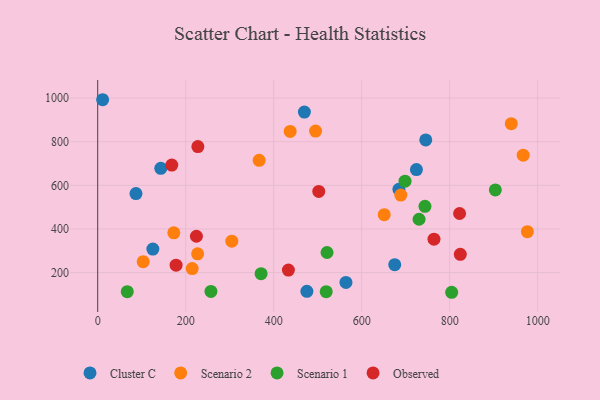
{"axis": {"x": "Study Hours", "y": "Profit"}, "legend": ["Cluster C", "Observed", "Scenario 1", "Scenario 2"], "data": [{"x": "11.2", "y": 992.4, "type": "Cluster C"}, {"x": "87.0", "y": 562.2, "type": "Cluster C"}, {"x": "564.3", "y": 154.6, "type": "Cluster C"}, {"x": "675.2", "y": 236.0, "type": "Cluster C"}, {"x": "475.5", "y": 114.0, "type": "Cluster C"}, {"x": "724.5", "y": 671.9, "type": "Cluster C"}, {"x": "745.7", "y": 807.9, "type": "Cluster C"}, {"x": "684.7", "y": 581.7, "type": "Cluster C"}, {"x": "469.8", "y": 935.7, "type": "Cluster C"}, {"x": "125.4", "y": 307.6, "type": "Cluster C"}, {"x": "143.4", "y": 677.8, "type": "Cluster C"}, {"x": "437.5", "y": 846.9, "type": "Scenario 2"}, {"x": "367.0", "y": 714.4, "type": "Scenario 2"}, {"x": "214.8", "y": 218.2, "type": "Scenario 2"}, {"x": "967.2", "y": 738.3, "type": "Scenario 2"}, {"x": "976.7", "y": 387.5, "type": "Scenario 2"}, {"x": "651.3", "y": 465.1, "type": "Scenario 2"}, {"x": "689.0", "y": 555.0, "type": "Scenario 2"}, {"x": "495.2", "y": 848.5, "type": "Scenario 2"}, {"x": "227.1", "y": 285.8, "type": "Scenario 2"}, {"x": "173.0", "y": 382.3, "type": "Scenario 2"}, {"x": "103.4", "y": 249.9, "type": "Scenario 2"}, {"x": "940.1", "y": 882.8, "type": "Scenario 2"}, {"x": "304.8", "y": 343.7, "type": "Scenario 2"}, {"x": "698.6", "y": 618.9, "type": "Scenario 1"}, {"x": "730.5", "y": 444.4, "type": "Scenario 1"}, {"x": "903.9", "y": 578.8, "type": "Scenario 1"}, {"x": "521.3", "y": 291.9, "type": "Scenario 1"}, {"x": "743.9", "y": 503.5, "type": "Scenario 1"}, {"x": "371.4", "y": 194.6, "type": "Scenario 1"}, {"x": "519.4", "y": 112.2, "type": "Scenario 1"}, {"x": "257.4", "y": 113.4, "type": "Scenario 1"}, {"x": "67.2", "y": 112.2, "type": "Scenario 1"}, {"x": "804.6", "y": 109.5, "type": "Scenario 1"}, {"x": "224.4", "y": 366.4, "type": "Observed"}, {"x": "764.4", "y": 352.9, "type": "Observed"}, {"x": "227.7", "y": 777.4, "type": "Observed"}, {"x": "822.6", "y": 470.6, "type": "Observed"}, {"x": "168.4", "y": 692.8, "type": "Observed"}, {"x": "502.5", "y": 571.9, "type": "Observed"}, {"x": "433.5", "y": 211.3, "type": "Observed"}, {"x": "824.2", "y": 283.4, "type": "Observed"}, {"x": "178.2", "y": 233.7, "type": "Observed"}]}